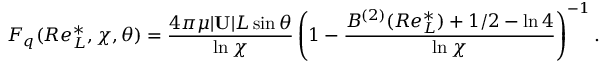
F _ { q } ( R e _ { L } ^ { * } , \chi , \theta ) = \frac { 4 \pi \mu | \mathbf { U } | L \sin \theta } { \ln \chi } \left( 1 - \frac { B ^ { ( 2 ) } ( R e _ { L } ^ { * } ) + 1 / 2 - \ln 4 } { \ln \chi } \right) ^ { - 1 } .